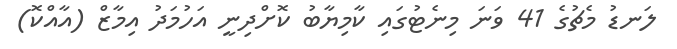
ލަނޑު މެޗުގެ 41 ވަނަ މިނެޓުގައި ކާމިޔާބު ކޮށްދިނީ އަހުމަދު އިމާޒް (އާއްކޮ)